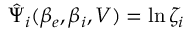
\hat { \Psi } _ { i } ( \beta _ { e } , \beta _ { i } , V ) = \ln \zeta _ { i }